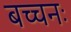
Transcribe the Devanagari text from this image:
बच्चनः